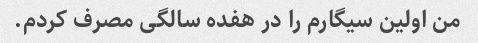
من اولین سیگارم را در هفده سالگی مصرف کردم.